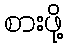
စားဖို့